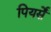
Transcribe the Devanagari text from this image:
पियर्सें